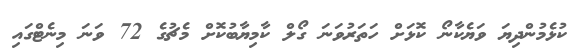
ކުޅެމުންދިޔަ ވަޔެކާނޯ ކޮޅަށް ހަތަރުވަނަ ގޯލް ކާމިޔާބުކޮށް މެޗުގެ 72 ވަނަ މިނެޓްގައި